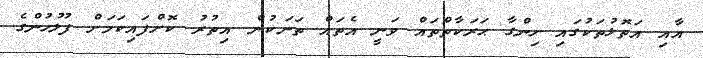
އާއި އަތޮޅުތަކުގައި ހިންގާ ޙަރަކާތްތައް ވަނީ އެތައް ތަނަކުން އިތުރު ކޮށްފައިކަމަށް ފުލުހުންގެ